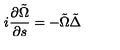
i \frac { \partial \tilde { \Omega } } { \partial s } = - \tilde { \Omega } \tilde { \Delta }